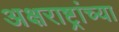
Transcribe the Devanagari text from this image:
अक्षराष्ट्रांच्या